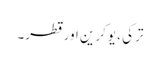
ترکی ، یوکرین اور قطر۔